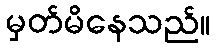
မှတ်မိနေသည်။